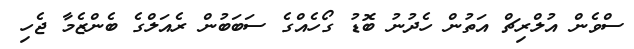
ސްވެން އުލްރިޗް އަތުން ހެދުނު ބޮޑު ގޯހެއްގެ ސަބަބުން ރެއަލްގެ ބެންޒެމާ ޖެހި